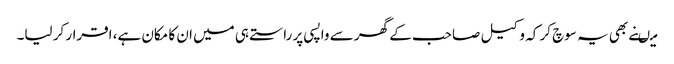
میںنے بھی یہ سوچ کر کہ وکیل صاحب کے گھر سے واپسی پر راستے ہی میں ان کا مکان ہے، اقرار کر لیا۔